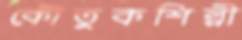
কৌতুকশিল্পী